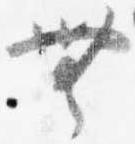
無